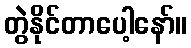
တွဲနိုင်တာပေါ့နော်။